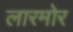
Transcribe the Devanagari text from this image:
लारमोर